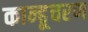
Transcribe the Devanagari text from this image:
कान्हूचरण